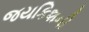
જયકિશની